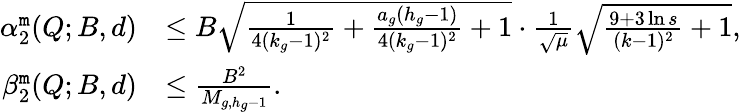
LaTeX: \begin{array}{rl}{\alpha_{2}^{\tt m}(Q;B,d)}&{\leq B\sqrt{\frac{1}{4(k_{g}-1)^{2}}+{\frac{a_{g}(h_{g}-1)}{4(k_{g}-1)^{2}}}+1}\cdot\frac{1}{\sqrt{\mu}}\sqrt{\frac{9+3\ln s}{(k-1)^{2}}+1},}\\ {\beta_{2}^{\tt m}(Q;B,d)}&{\leq\frac{B^{2}}{M_{g,h_{g}-1}}.}\end{array}